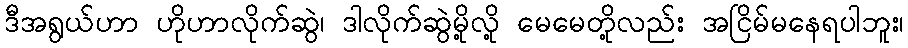
ဒီအရွယ်ဟာ ဟိုဟာလိုက်ဆွဲ၊ ဒါလိုက်ဆွဲမို့လို့ မေမေတို့လည်း အငြိမ်မနေရပါဘူး၊